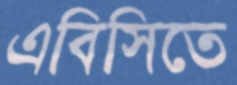
এবিসিতে